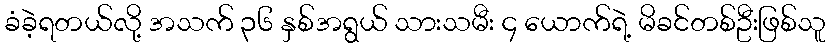
ခံခဲ့ရတယ်လို့ အသက် ၃၆ နှစ်အရွယ် သားသမီး ၄ ယောက်ရဲ့ မိခင်တစ်ဦးဖြစ်သူ